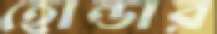
হোন্ডার